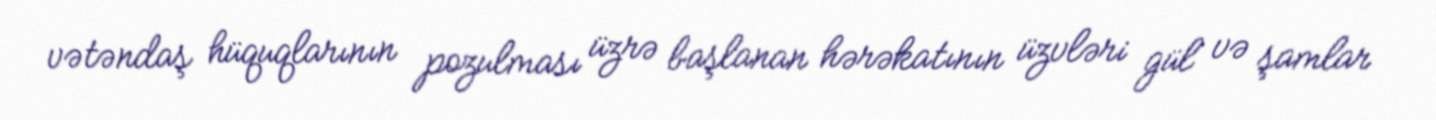
vətəndaş hüquqlarının pozulması üzrə başlanan hərəkatının üzvləri gül və şamlar